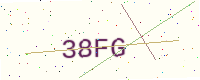
Text: 38FG